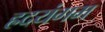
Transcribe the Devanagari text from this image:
ह्रदयंगम